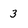
Character: 3